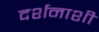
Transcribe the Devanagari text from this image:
दर्शनाशी